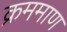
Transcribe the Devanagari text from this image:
क्रममाण